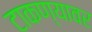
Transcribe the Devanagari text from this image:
टाकण्यावर